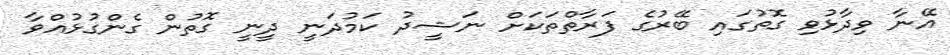
އޭނާ ވިދާޅުވި ގޮތުގައި ބޭރުގެ ފަރާތްތަކަށް ނަޝީދު ކަމުދަނީ ދީނީ ގޮތުން ގެންގުޅުއްވާ